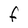
Character: F